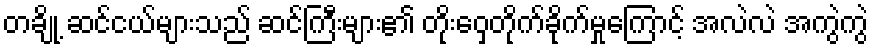
တချို့ ဆင်ငယ်များသည် ဆင်ကြီးများ၏ တိုးဝှေ့တိုက်ခိုက်မှုကြောင့် အလဲလဲ အကွဲကွဲ